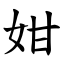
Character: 姏